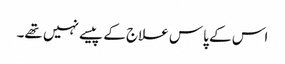
اس کے پاس علاج کے پیسے نہیں تھے۔